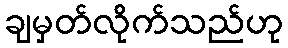
ချမှတ်လိုက်သည်ဟု